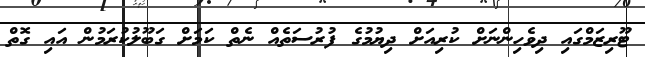
ޓޫރިޒަމްގައި ދިވެހިންނަށް ކުރިއަށް ދިޔުމުގެ ފުރުސަތެއް ނެތް ކަމަށް ގަބޫލުކުރަމުން އައި ގޮތް